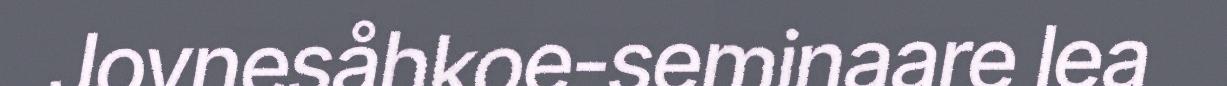
Jovnesåhkoe-seminaare lea